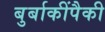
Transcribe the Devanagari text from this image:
बुर्बाकींपैकी